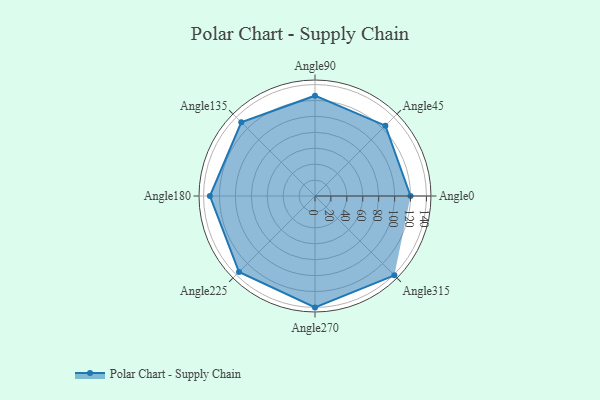
{"axis": {"x": "Angle", "y": "Radius"}, "legend": [""], "data": [{"x": "Angle0", "y": 120.0, "type": ""}, {"x": "Angle45", "y": 125.0, "type": ""}, {"x": "Angle90", "y": 126.0, "type": ""}, {"x": "Angle135", "y": 131.0, "type": ""}, {"x": "Angle180", "y": 132.0, "type": ""}, {"x": "Angle225", "y": 135.0, "type": ""}, {"x": "Angle270", "y": 140.0, "type": ""}, {"x": "Angle315", "y": 141.0, "type": ""}]}